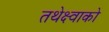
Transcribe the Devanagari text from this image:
तथेक्ष्वाको